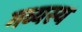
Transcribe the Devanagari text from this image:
गव्यस्य